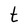
Character: t